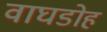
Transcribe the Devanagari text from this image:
वाघडोह